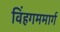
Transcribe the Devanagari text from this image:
विंहगममार्ग